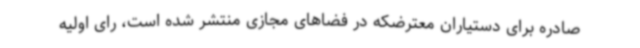
صادره برای دستیاران معترضکه در فضاهای مجازی منتشر شده است، رای اولیه